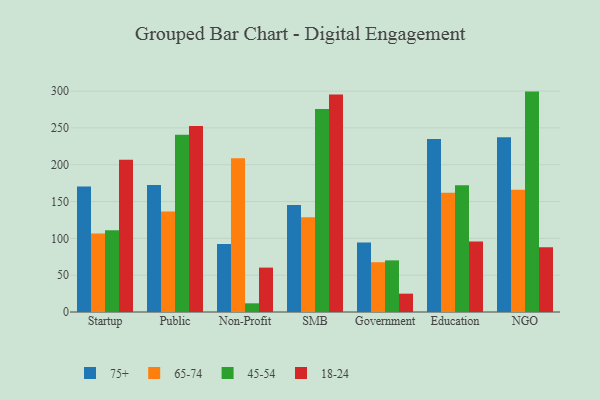
{"axis": {"x": "Segment", "y": "Bounce Rate (%)"}, "legend": ["18-24", "45-54", "65-74", "75+"], "data": [{"x": "Startup", "y": 170.3, "type": "75+"}, {"x": "Startup", "y": 106.5, "type": "65-74"}, {"x": "Startup", "y": 111.0, "type": "45-54"}, {"x": "Startup", "y": 206.7, "type": "18-24"}, {"x": "Public", "y": 172.4, "type": "75+"}, {"x": "Public", "y": 136.4, "type": "65-74"}, {"x": "Public", "y": 240.6, "type": "45-54"}, {"x": "Public", "y": 252.5, "type": "18-24"}, {"x": "Non-Profit", "y": 92.4, "type": "75+"}, {"x": "Non-Profit", "y": 208.7, "type": "65-74"}, {"x": "Non-Profit", "y": 11.8, "type": "45-54"}, {"x": "Non-Profit", "y": 60.3, "type": "18-24"}, {"x": "SMB", "y": 145.3, "type": "75+"}, {"x": "SMB", "y": 128.6, "type": "65-74"}, {"x": "SMB", "y": 275.8, "type": "45-54"}, {"x": "SMB", "y": 295.4, "type": "18-24"}, {"x": "Government", "y": 94.4, "type": "75+"}, {"x": "Government", "y": 67.6, "type": "65-74"}, {"x": "Government", "y": 70.1, "type": "45-54"}, {"x": "Government", "y": 24.9, "type": "18-24"}, {"x": "Education", "y": 234.9, "type": "75+"}, {"x": "Education", "y": 162.1, "type": "65-74"}, {"x": "Education", "y": 172.0, "type": "45-54"}, {"x": "Education", "y": 95.6, "type": "18-24"}, {"x": "NGO", "y": 237.3, "type": "75+"}, {"x": "NGO", "y": 165.9, "type": "65-74"}, {"x": "NGO", "y": 299.3, "type": "45-54"}, {"x": "NGO", "y": 88.0, "type": "18-24"}]}